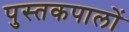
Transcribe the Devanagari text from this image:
पुस्तकपालों